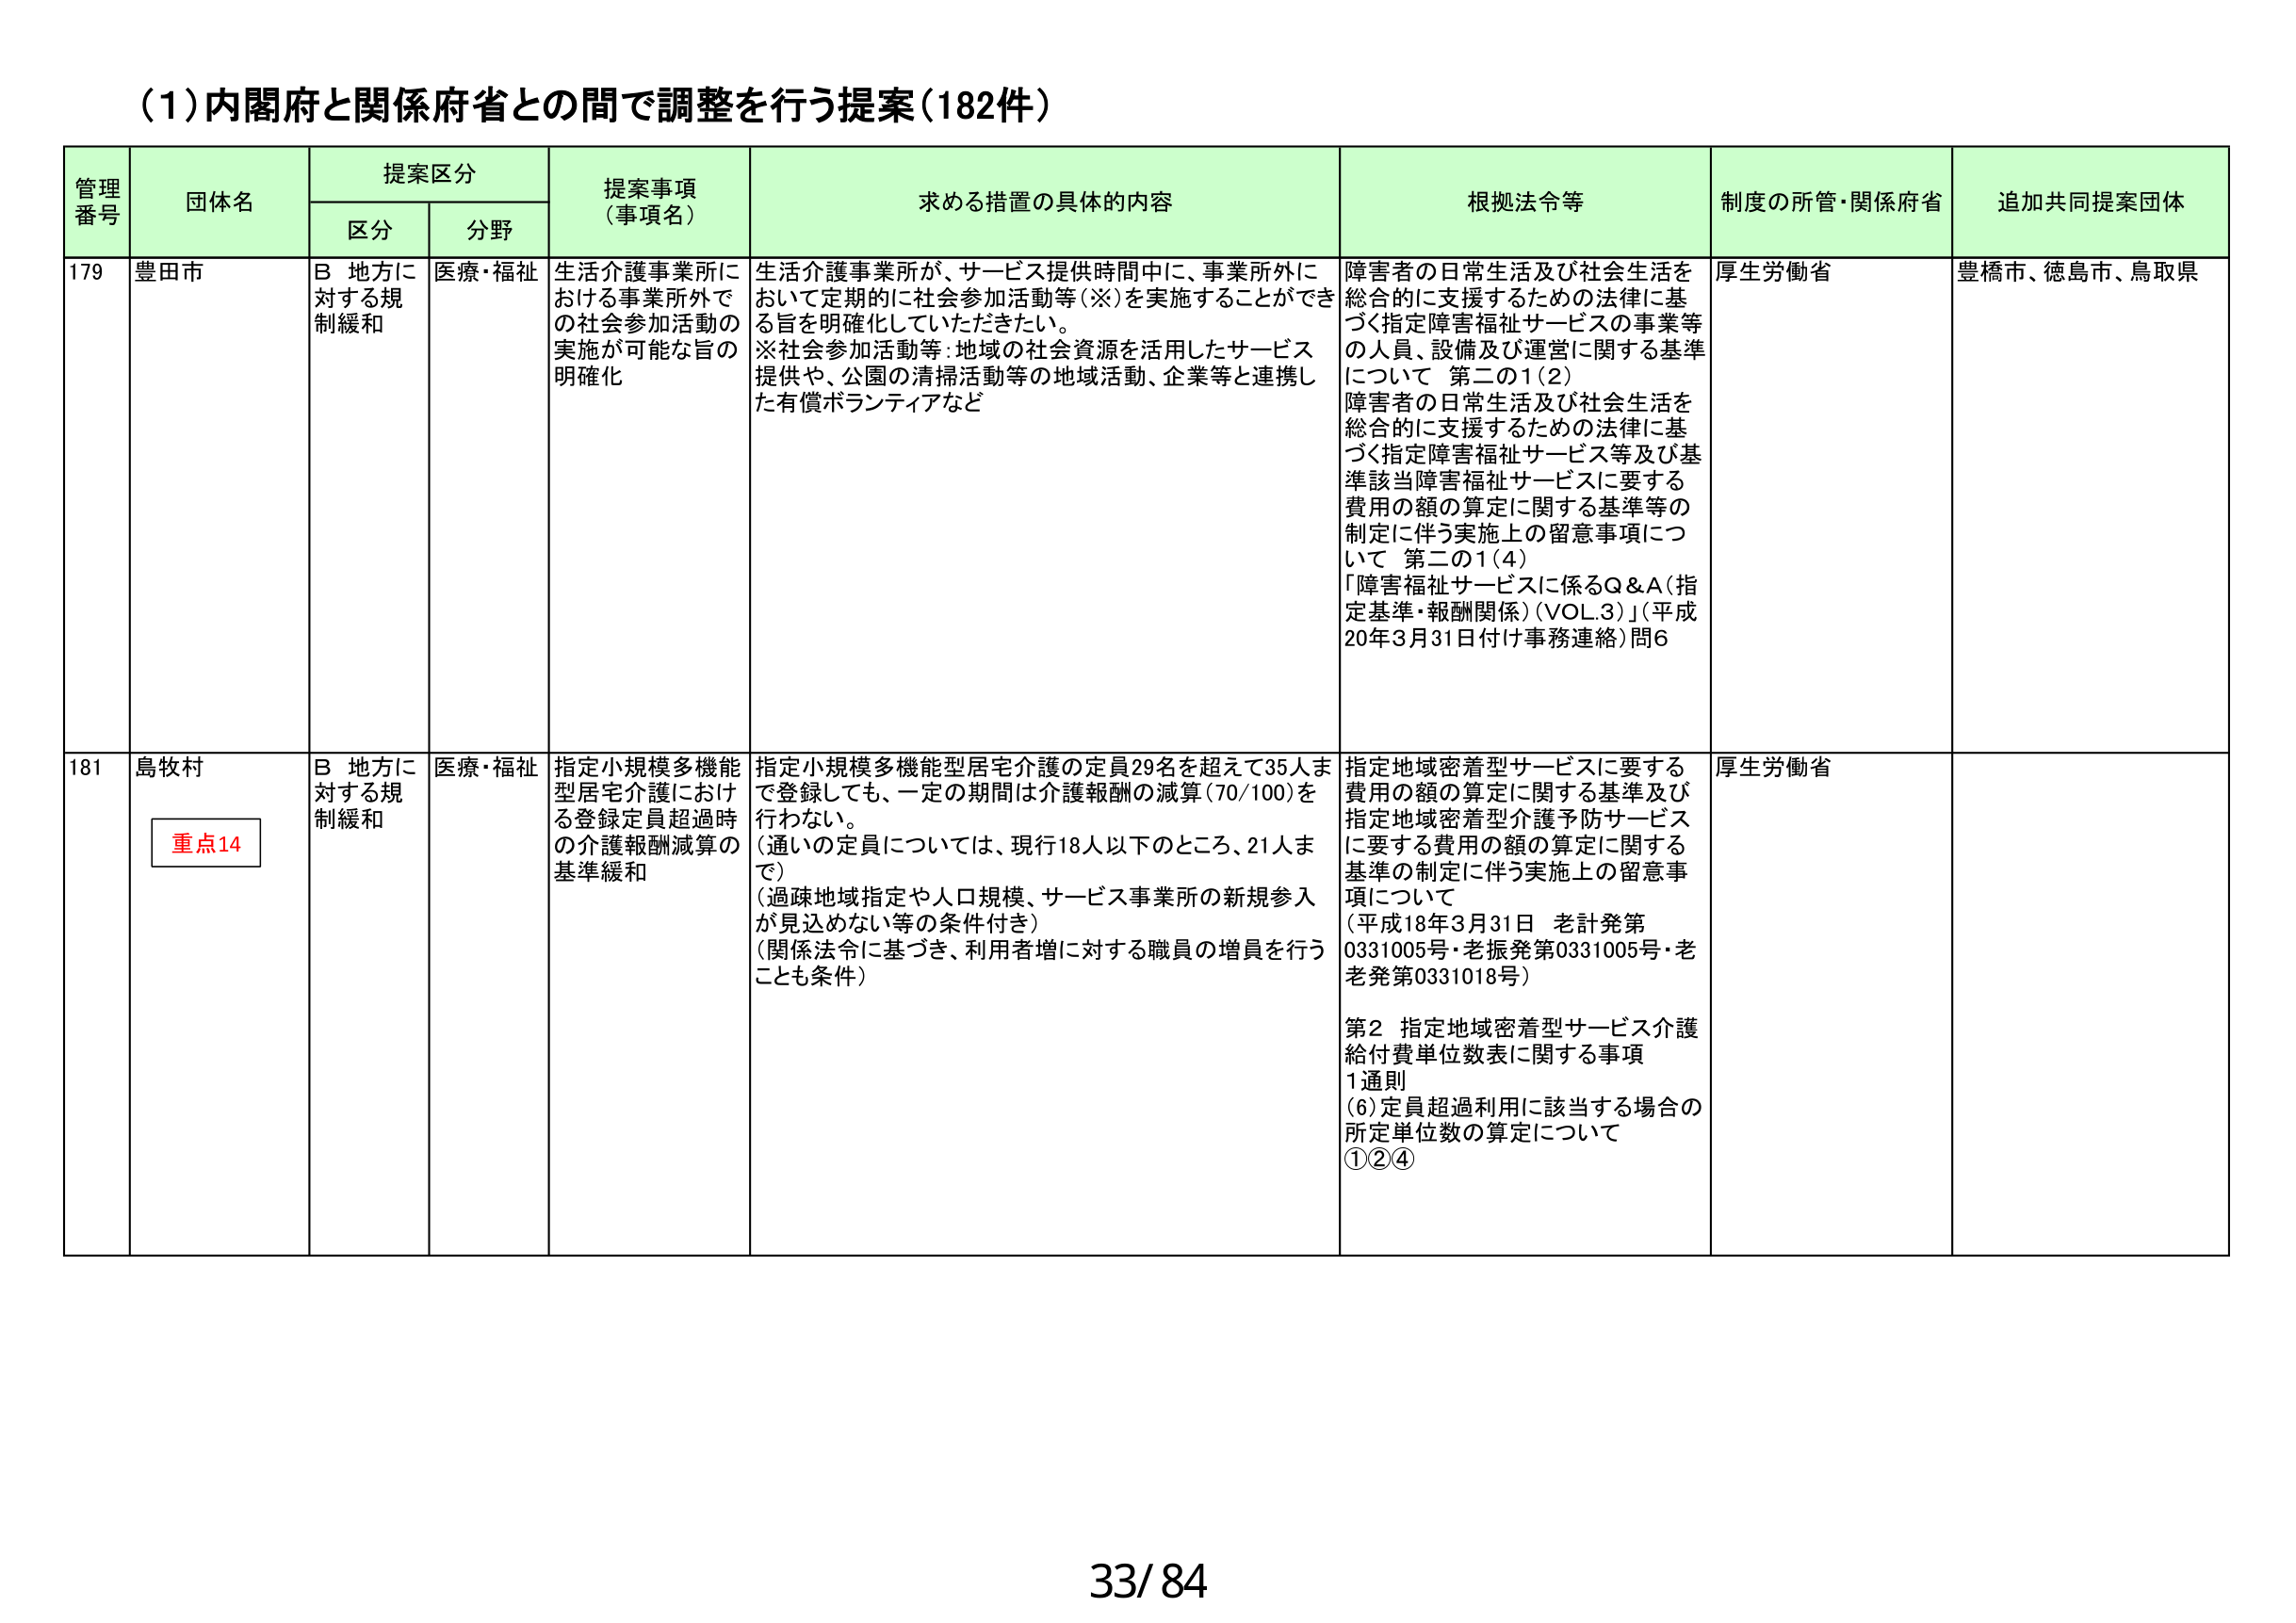
(1)内閣府と関係府省との間で調整を行う提案(182件)

管理番号 団体名 提案区分 提案事項（事項名） 求める措置の具体的な内容 根拠法令等 制度の所管・関係府省 追加共同提案団体
区分 分野

179 豊田市 B 地方に対する規制緩和 医療・福祉 生活介護事業所における事業所外での社会参加活動の実施が可能な旨の明確化 生活介護事業所が、サービス提供時間中に、事業所外において定期的に社会参加活動等(※)を実施することができる旨を明確化していただきたい。
※社会参加活動等:地域の社会資源を活用したサービス提供や、公園の清掃活動等の地域活動、企業等と連携した有償ボランティアなど 障害者の日常生活及び社会生活を総合的に支援するための法律に基づく指定障害福祉サービスの事業等の人員、設備及び運営に関する基準について 第二の1(2)
障害者の日常生活及び社会生活を総合的に支援するための法律に基づく指定障害福祉サービス等及び基準該当障害福祉サービスに要する費用の額の算定に関する基準等の制定に伴う実施上の留意事項について 第二の1(4)
「障害福祉サービスに係るQ&A(指定基準・報酬関係)(VOL.3)」(平成20年3月31日付け事務連絡)問6 厚生労働省 豊橋市、徳島市、鳥取県

181 島牧村 重点14 B 地方に対する規制緩和 医療・福祉 指定小規模多機能型居宅介護における登録定員超過時の介護報酬減算の基準緩和 指定小規模多機能型居宅介護の定員29名を超えて35人まで登録しても、一定の期間は介護報酬の減算(70/100)を行わない。
(通いの定員については、現行18人以下のところ、21人まで)
(過疎地域指定や人口規模、サービス事業所の新規参入が見込めない等の条件付き)
(関係法令に基づき、利用者増に対する職員の増員を行うことも条件) 指定地域密着型サービスに要する費用の額の算定に関する基準及び指定地域密着型介護予防サービスに要する費用の額の算定に関する基準の制定に伴う実施上の留意事項について
(平成18年3月31日 老計発第0331005号・老振発第0331005号・老老発第0331018号)
第2 指定地域密着型サービス介護給付費単位数表に関する事項
1通則
(6)定員超過利用に該当する場合の所定単位数の算定について
①②④ 厚生労働省

33/84